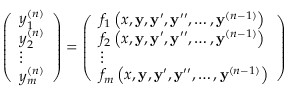
{ \left( \begin{array} { l } { y _ { 1 } ^ { ( n ) } } \\ { y _ { 2 } ^ { ( n ) } } \\ { \vdots } \\ { y _ { m } ^ { ( n ) } } \end{array} \right) } = { \left( \begin{array} { l } { f _ { 1 } \left( x , \mathbf { y } , \mathbf { y } ^ { \prime } , \mathbf { y } ^ { \prime \prime } , \ldots , \mathbf { y } ^ { ( n - 1 ) } \right) } \\ { f _ { 2 } \left( x , \mathbf { y } , \mathbf { y } ^ { \prime } , \mathbf { y } ^ { \prime \prime } , \ldots , \mathbf { y } ^ { ( n - 1 ) } \right) } \\ { \vdots } \\ { f _ { m } \left( x , \mathbf { y } , \mathbf { y } ^ { \prime } , \mathbf { y } ^ { \prime \prime } , \ldots , \mathbf { y } ^ { ( n - 1 ) } \right) } \end{array} \right) }